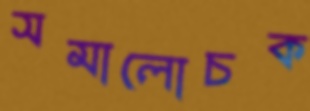
সমালোচক